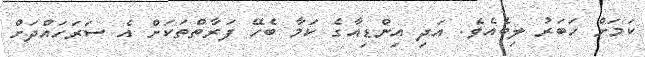
ކަމަށް ހަބަރު ލިބެއެވެ. އަދި އިންޑިއާގެ ކަމާ ބެހޭ ފަރާތްތަކަށް އެ ސަރަހައްދަށް